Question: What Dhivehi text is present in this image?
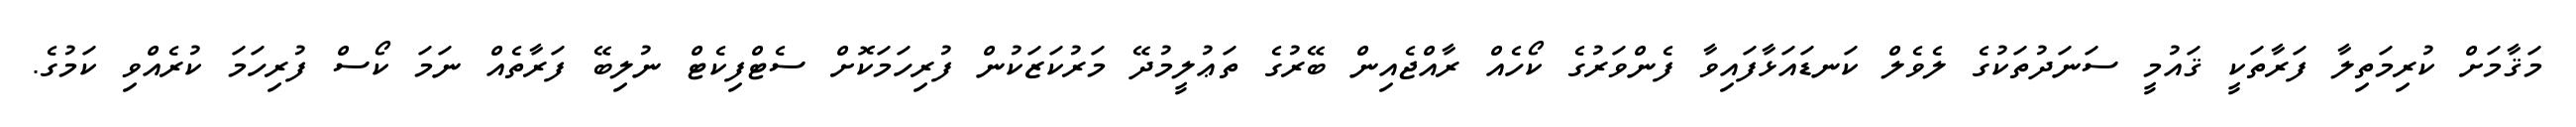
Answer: މަޤާމަށް ކުރިމަތިލާ ފަރާތަކީ ޤައުމީ ސަނަދުތަކުގެ ލެވެލް ކަނޑައަޅާފައިވާ ފެންވަރުގެ ކޯހެއް ރާއްޖެއިން ބޭރުގެ ތަޢުލީމުދޭ މަރުކަޒަކުން ފުރިހަމަކޮށް ސެޓްފިކެޓް ނުލިބޭ ފަރާތެއް ނަމަ ކޯސް ފުރިހަމަ ކުރެއްވި ކަމުގެ.